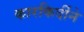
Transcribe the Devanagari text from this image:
कारकिर्दीने